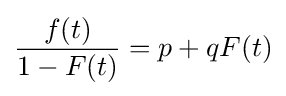
{\frac {f(t)}{1-F(t)}}=p+qF(t)